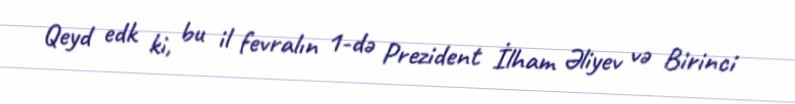
Qeyd edk ki, bu il fevralın 1-də Prezident İlham Əliyev və Birinci